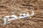
تسخير